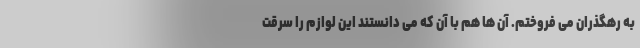
به رهگذران می فروختم. آن ها هم با آن که می دانستند این لوازم را سرقت